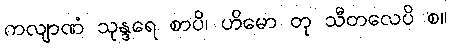
ကလျာဏံ သုန္ဒရေ စာပိ၊ ဟိမော တု သီတလေပိ စ။